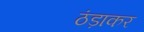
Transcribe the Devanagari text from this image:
ठंड़ाकर